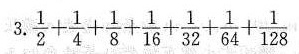
3. $ $ \ f r a c { 1 } { 2 } + \ f r a c { 1 } { 4 } + \ f r a c { 1 } { 8 } + \ f r a c { 1 } { 1 6 } + \ f r a c { 1 } { 3 2 } + \ f r a c { 1 } { 6 4 } + \ f r a c { 1 } { 1 2 8 } $ $